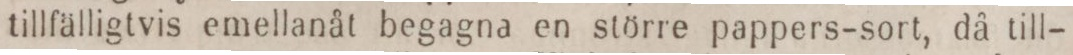
tillfälligtvis emellanåt begagna en större pappers-sort, då till-